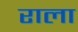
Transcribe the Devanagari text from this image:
राला